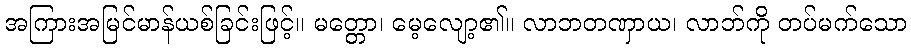
အကြားအမြင်မာန်ယစ်ခြင်းဖြင့်။ မတ္တော၊ မေ့လျော့၏။ လာဘတဏှာယ၊ လာဘ်ကို တပ်မက်သော